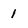
Character: 1